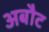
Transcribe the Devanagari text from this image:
अबौट